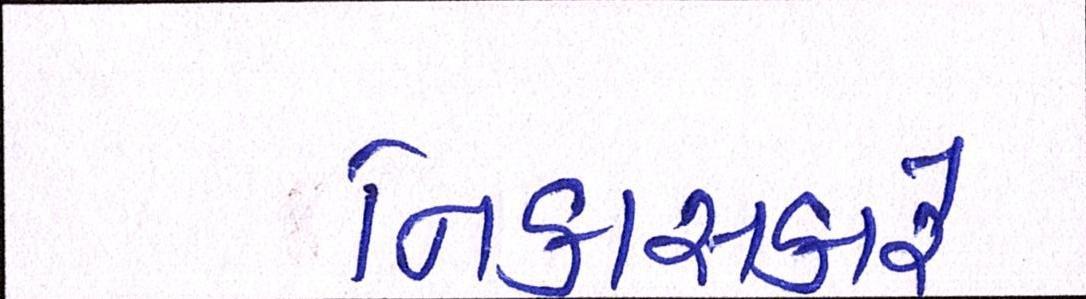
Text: નિકાસકારે